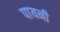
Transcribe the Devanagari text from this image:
पायनी